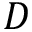
D